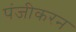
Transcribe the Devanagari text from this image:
पंजीकरन